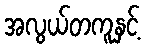
အလွယ်တကူနှင့်